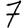
Digit: 7